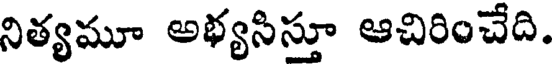
నిత్యమూ అభ్యసిస్తూ ఆచిరించేది.